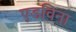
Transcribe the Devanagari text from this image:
एडविना